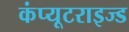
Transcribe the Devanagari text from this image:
कंप्यूटराइज्ड